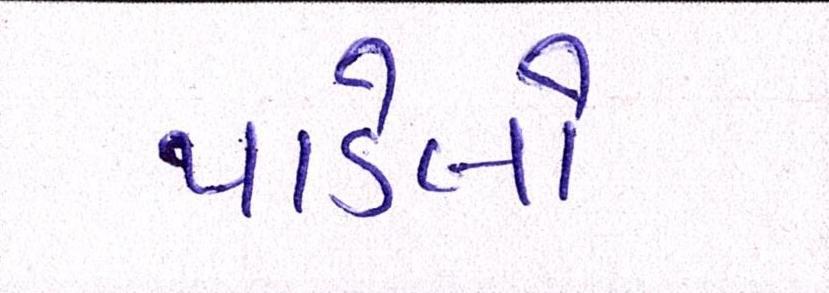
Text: પાડેલો